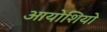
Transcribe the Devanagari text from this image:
आयोशियो